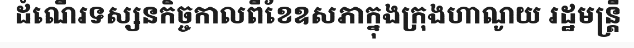
ដំណើរទស្សនកិច្ចកាលពីខែឧសភាក្នុងក្រុងហាណូយ រដ្ឋមន្ត្រី